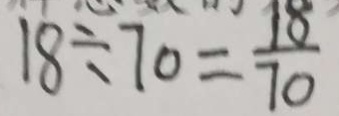
1 8 \div 7 0 = \frac { 1 8 } { 7 0 }